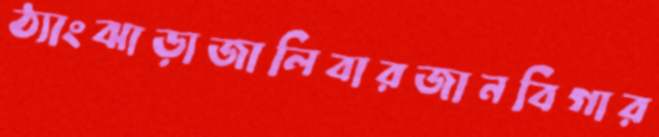
ঠ্যাংঝাড়াজালিবারজানবিগার